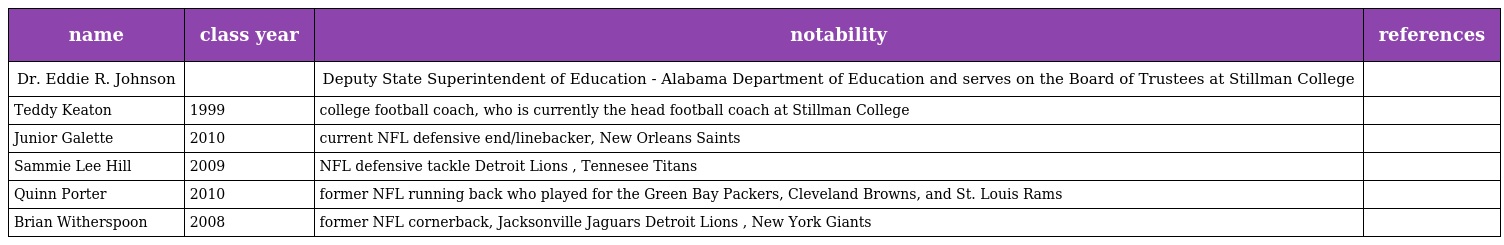
| name | class year | notability | references |
 | --- | --- | --- | --- |
 | Dr. Eddie R. Johnson |  | Deputy State Superintendent of Education - Alabama Department of Education and serves on the Board of Trustees at Stillman College |  |
 | Teddy Keaton | 1999 | college football coach, who is currently the head football coach at Stillman College |  |
 | Junior Galette | 2010 | current NFL defensive end/linebacker, New Orleans Saints |  |
 | Sammie Lee Hill | 2009 | NFL defensive tackle Detroit Lions , Tennesee Titans |  |
 | Quinn Porter | 2010 | former NFL running back who played for the Green Bay Packers, Cleveland Browns, and St. Louis Rams |  |
 | Brian Witherspoon | 2008 | former NFL cornerback, Jacksonville Jaguars Detroit Lions , New York Giants |  |